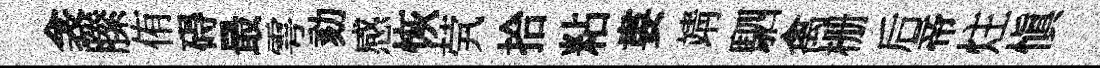
衾縢侑碍最雩劾感恢茕拾粘婁靖駟禽栅后帝炷愼